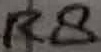
Text: R8